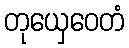
တုယှေဝေတံ